Sketch of the medical history of the native army of Bombay, for the year
Year: 1875
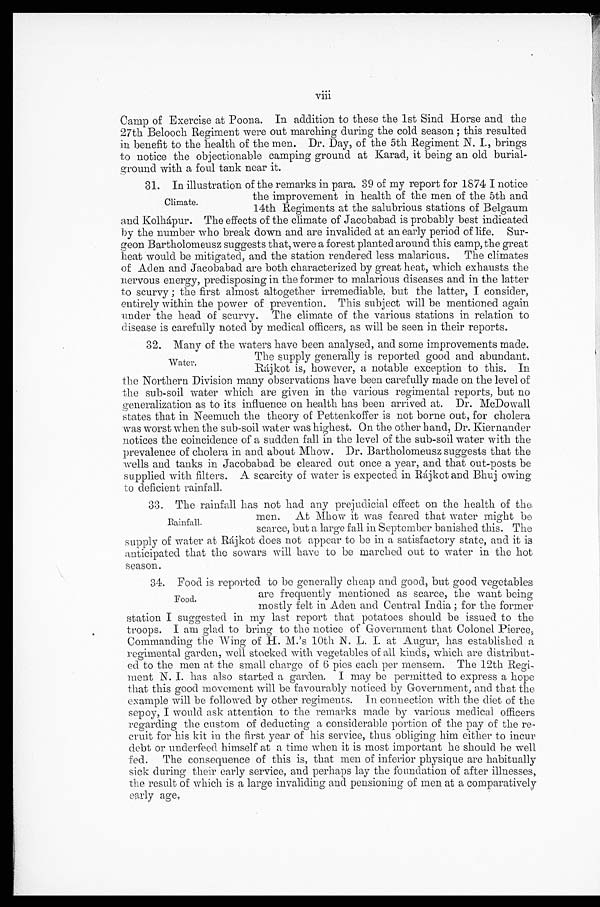
viii
Camp of Exercise at Poona. In addition to these the 1st Sind Horse and the
27th Belooch Regiment were out marching during the cold season ; this resulted
in benefit to the health of the men. Dr. Day, of the 5th Regiment N. I., brings
to notice the objectionable camping ground at Karad, it being an old burial
-ground with a foul tank near it.
31. In illustration of the remarks in para. 39 of my report for 1874 I notice
the improvement in health of the men of the 5th and
14th Regiments at the salubrious stations of Belgaum
and Kolhápur. The effects of the climate of Jacobabad is probably best indicated
by the number who break down and are invalided at an early period of life. Sur
-geon Bartholomeusz suggests that, were a forest planted around this camp, the great
heat would be mitigated, and the station rendered less malarious. The climates
of Aden and Jacobabad are both characterized by great heat, which exhausts the
nervous energy, predisposing in the former to malarious diseases and in the latter
to scurvy ; the first almost altogether irremediable, but the latter, I consider,
entirely within the power of prevention. This subject will be mentioned again
under the head of scurvy. The climate of the various stations in relation to
disease is carefully noted by medical officers, as will be seen in their reports.
32. Many of the waters have been analysed, and some improvements made.
The supply generally is reported good and abundant.
Rájkot is, however, a notable exception to this. In
the Northern Division many observations have been carefully made on the level of
the sub-soil water which are given in the various regimental reports, but no
generalization as to its influence on health has been arrived at. Dr. McDowall
states that in Neemuch the theory of Pettenkoffer is not borne out, for cholera
was worst when the sub-soil water was highest. On the other hand, Dr. Kiernander
notices the coincidence of a sudden fall in the level of the sub-soil water with the
prevalence of cholera in and about Mhow. Dr. Bartholomeusz suggests that the
wells and tanks in Jacobabad be cleared out once a year, and that out-posts be
supplied with filters. A scarcity of water is expected in Rájkot and Bhuj owing
to deficient rainfall.
33. The rainfall has not had any prejudicial effect on the health of the
men. At Mhow it was feared that water might be
scarce, but a large fall in September banished this. The
supply of water at Rájkot does not appear to be in a satisfactory state, and it is
anticipated that the sowars will have to be marched out to water in the hot
season.
34. Food is reported to be generally cheap and good, but good vegetables
are frequently mentioned as scarce, the want being
mostly felt in Aden and Central India ; for the former
station I suggested in my last report that potatoes should be issued to the
troops. I am glad to bring to the notice of Government that Colonel Pierce,
Commanding the Wing of H. M.'s 10th N. L. I. at Augur, has established a
regimental garden, well stocked with vegetables of all kinds, which are distribut-
ed to the men at the small charge of 6 pies each per mensem. The 12th Regi
- m e n t N . I . h a s a l s o s t a r t e d a g a r d e n . I m a y b e p e r m i t t e d t o e x p r e s s a h o p e
that this good movement will be favourably noticed by Government, and that the
example will be followed by other regiments. In connection with the diet of the
sepoy, I would ask attention to the remarks made by various medical officers
regarding the custom of deducting a considerable portion of the pay of the re-
cruit for his kit in the first year of his service, thus obliging him either to incur
debt or underfeed himself at a time when it is most important he should be well
fed. The consequence of this is, that men of inferior physique are habitually
sick during their early service, and perhaps lay the foundation of after illnesses,
the result of which is a large invaliding and pensioning of men at a comparatively
early age.
Climate.
Water.
Rainfall.
Food.